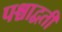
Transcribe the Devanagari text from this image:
पश्चाद्वती